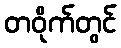
တဝိုက်တွင်